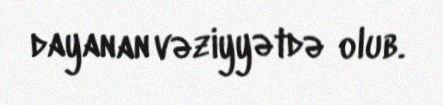
dayanan vəziyyətdə olub.